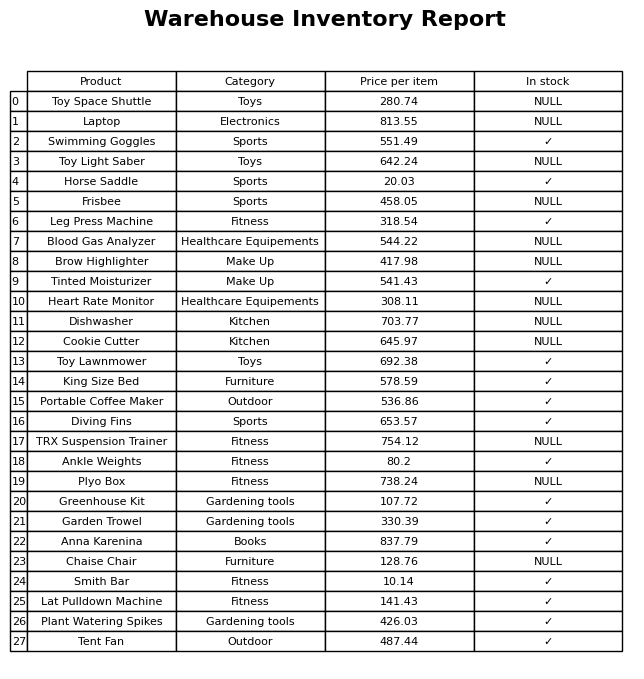
question: What is the stock status of the Anna Karenina?
answer: ✓